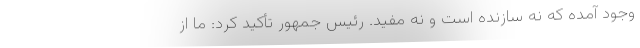
وجود آمده که نه سازنده است و نه مفید. رئیس جمهور تأکید کرد: ما از